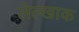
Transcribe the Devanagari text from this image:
लेल्खाक